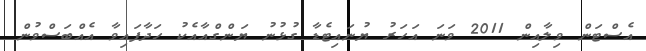
އެސްޓަން ވިލާއިން 2011 ވަނަ އަހަރު ޔުނައިޓެޑާ ގުޅުނު ޔަންގްއާއެކު ހަދާފައިވާ އެއްބަސްވުން